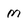
Character: m